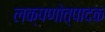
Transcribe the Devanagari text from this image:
लक्षणोत्पादक